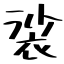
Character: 裟